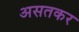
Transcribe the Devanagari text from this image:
असतकर